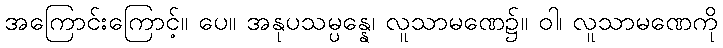
အကြောင်းကြောင့်။ ပေ။ အနုပသမ္ပန္နေ၊ လူသာမဏေ၌။ ဝါ၊ လူသာမဏေကို